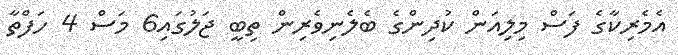
އެމެރިކާގެ ފަސް މިލިއަން ކުދިންގެ ބެލެނިވެރިން ތިބީ ޖަލުގައި6 މަސް 4 ހަފްތާ